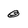
Character: 0